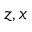
z , x